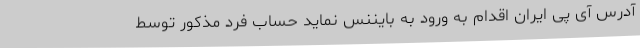
آدرس آی پی ایران اقدام به ورود به بایننس نماید حساب فرد مذکور توسط